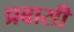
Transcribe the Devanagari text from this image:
प्रबासी